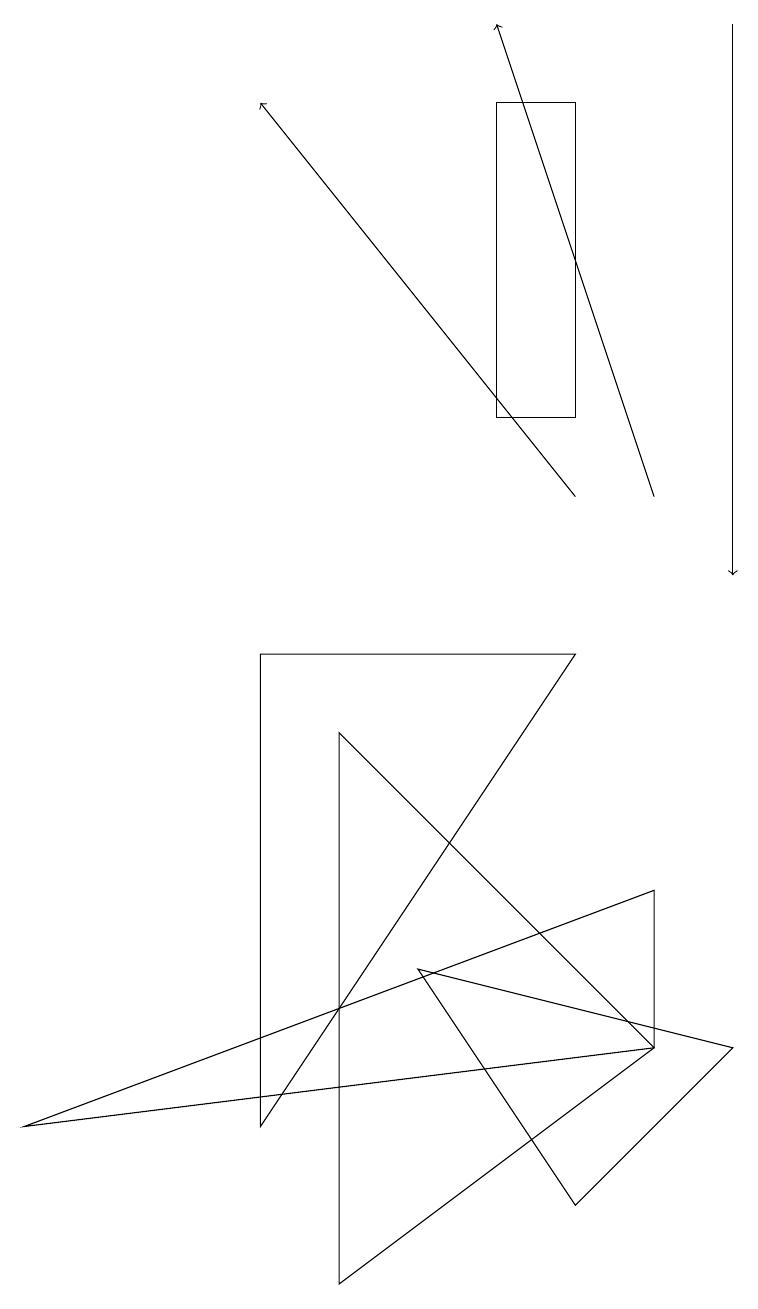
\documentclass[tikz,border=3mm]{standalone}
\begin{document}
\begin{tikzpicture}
\draw (5,5) -- (9,4) -- (7,2) -- cycle;
\draw (7,9) -- (3,9) -- (3,3) -- cycle;
\draw (6,12) rectangle (7,16);
\draw[->] (7,11) -- (3,16);
\draw (8,6) -- (0,3) -- (8,4) -- cycle;
\draw[->] (9,17) -- (9,10);
\draw[->] (8,11) -- (6,17);
\draw (4,8) -- (8,4) -- (4,1) -- cycle;
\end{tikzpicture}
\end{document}